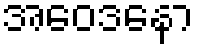
အဝေဒနော